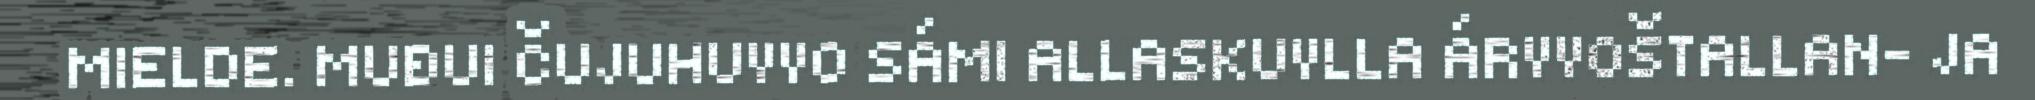
MIELDE. MUĐUI ČUJUHUVVO SÁMI ALLASKUVLLA ÁRVVOŠTALLAN- JA